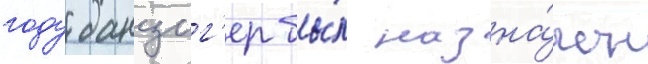
году данциг'ер бы́л назна́чен